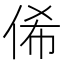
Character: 俙